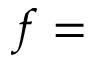
f =